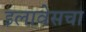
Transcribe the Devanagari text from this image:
इलावेसचा